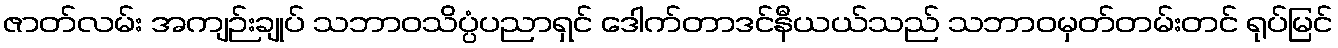
ဇာတ်လမ်း အကျဉ်းချုပ် သဘာဝသိပ္ပံပညာရှင် ဒေါက်တာဒင်နီယယ်သည် သဘာဝမှတ်တမ်းတင် ရုပ်မြင်